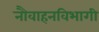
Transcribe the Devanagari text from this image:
नौवाहनविभागी